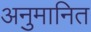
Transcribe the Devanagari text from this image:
अनुमानित